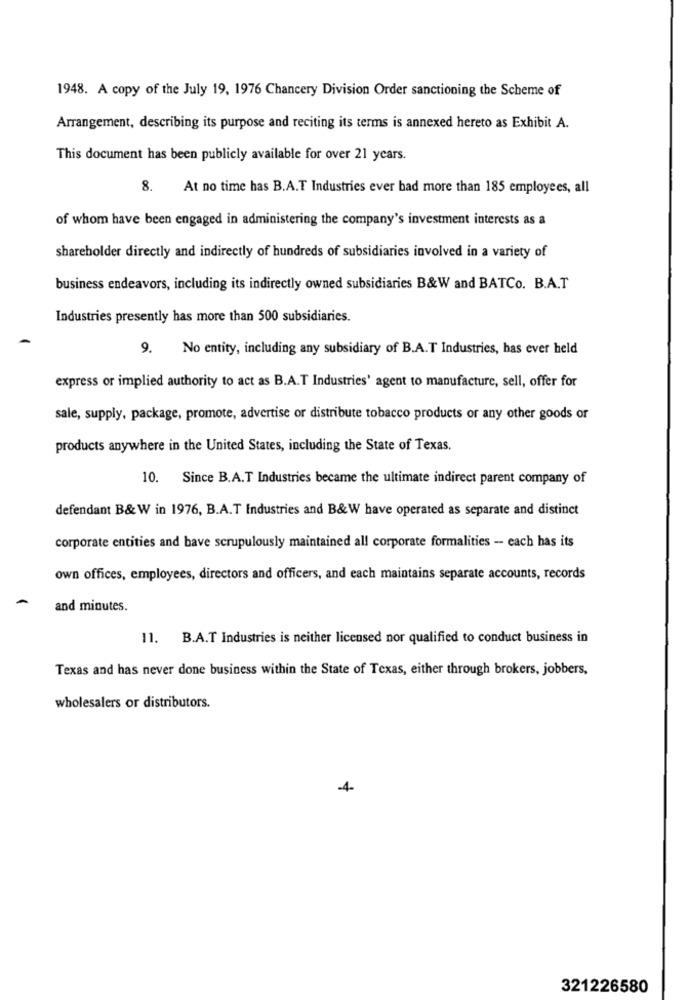
1948. A copy of the July 19, 1976 Chancery Division Order sanctioning the Scheme of
Arrangement, describing its purpose and reciting its terms is annexed hereto as Exhibit A.
This document has been publicly available for over 21 years.
8.
At no time has B.A.T Industries ever bad more than 185 employees, all
of whom have been engaged in administering the company's investment interests as a
shareholder directly and indirectly of hundreds of subsidiaries involved in a variety of
business endeavors, including its indirectly owned subsidiaries B&W and BATCo. B.A.T
Industries presently has more than 500 subsidiaries.
9. No entity, including any subsidiary of B.A.T Industries, has ever held
express or implied authority to act as B.A.T Industries' agent to manufacture, sell, offer for
sale, supply, package, promote, advertise or distribute tobacco products or any other goods or
products anywhere in the United States, including the State of Texas.
10. Since B.A.T Industries became the ultimate indirect parent company of
defendant B& W in 1976, B.A.T Industries and B&W have operated as separate and distinct
corporate entities and bave scrupulously maintained all corporate formalities - each has its
own offices, employees, directors and officers, and each maintains separate accounts, records
A
and minutes.
11. B.A.T Industries is neither licensed nor qualified to conduct business in
Texas and has never done business within the State of Texas, either through brokers, jobbers,
wholesalers or distributors.
4
321226580